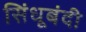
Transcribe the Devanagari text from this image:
सिंधूबंदी